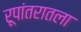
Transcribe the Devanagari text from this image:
रूपांतरातला